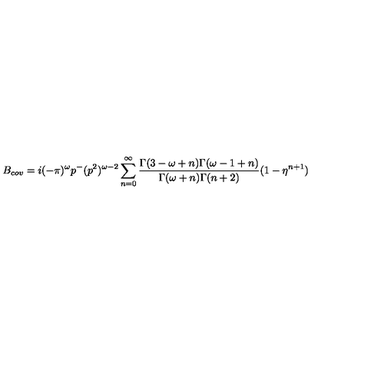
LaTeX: B _ { c o v } = i ( - \pi ) ^ { \omega } p ^ { - } ( p ^ { 2 } ) ^ { \omega - 2 } \sum _ { n = 0 } ^ { \infty } \frac { \Gamma ( 3 - \omega + n ) \Gamma ( \omega - 1 + n ) } { \Gamma ( \omega + n ) \Gamma ( n + 2 ) } ( 1 - \eta ^ { n + 1 } )